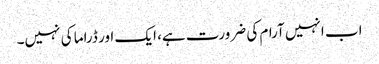
اب انہیں آرام کی ضرورت ہے، ایک اور ڈراما کی نہیں۔